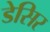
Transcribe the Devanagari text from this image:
डेसिर